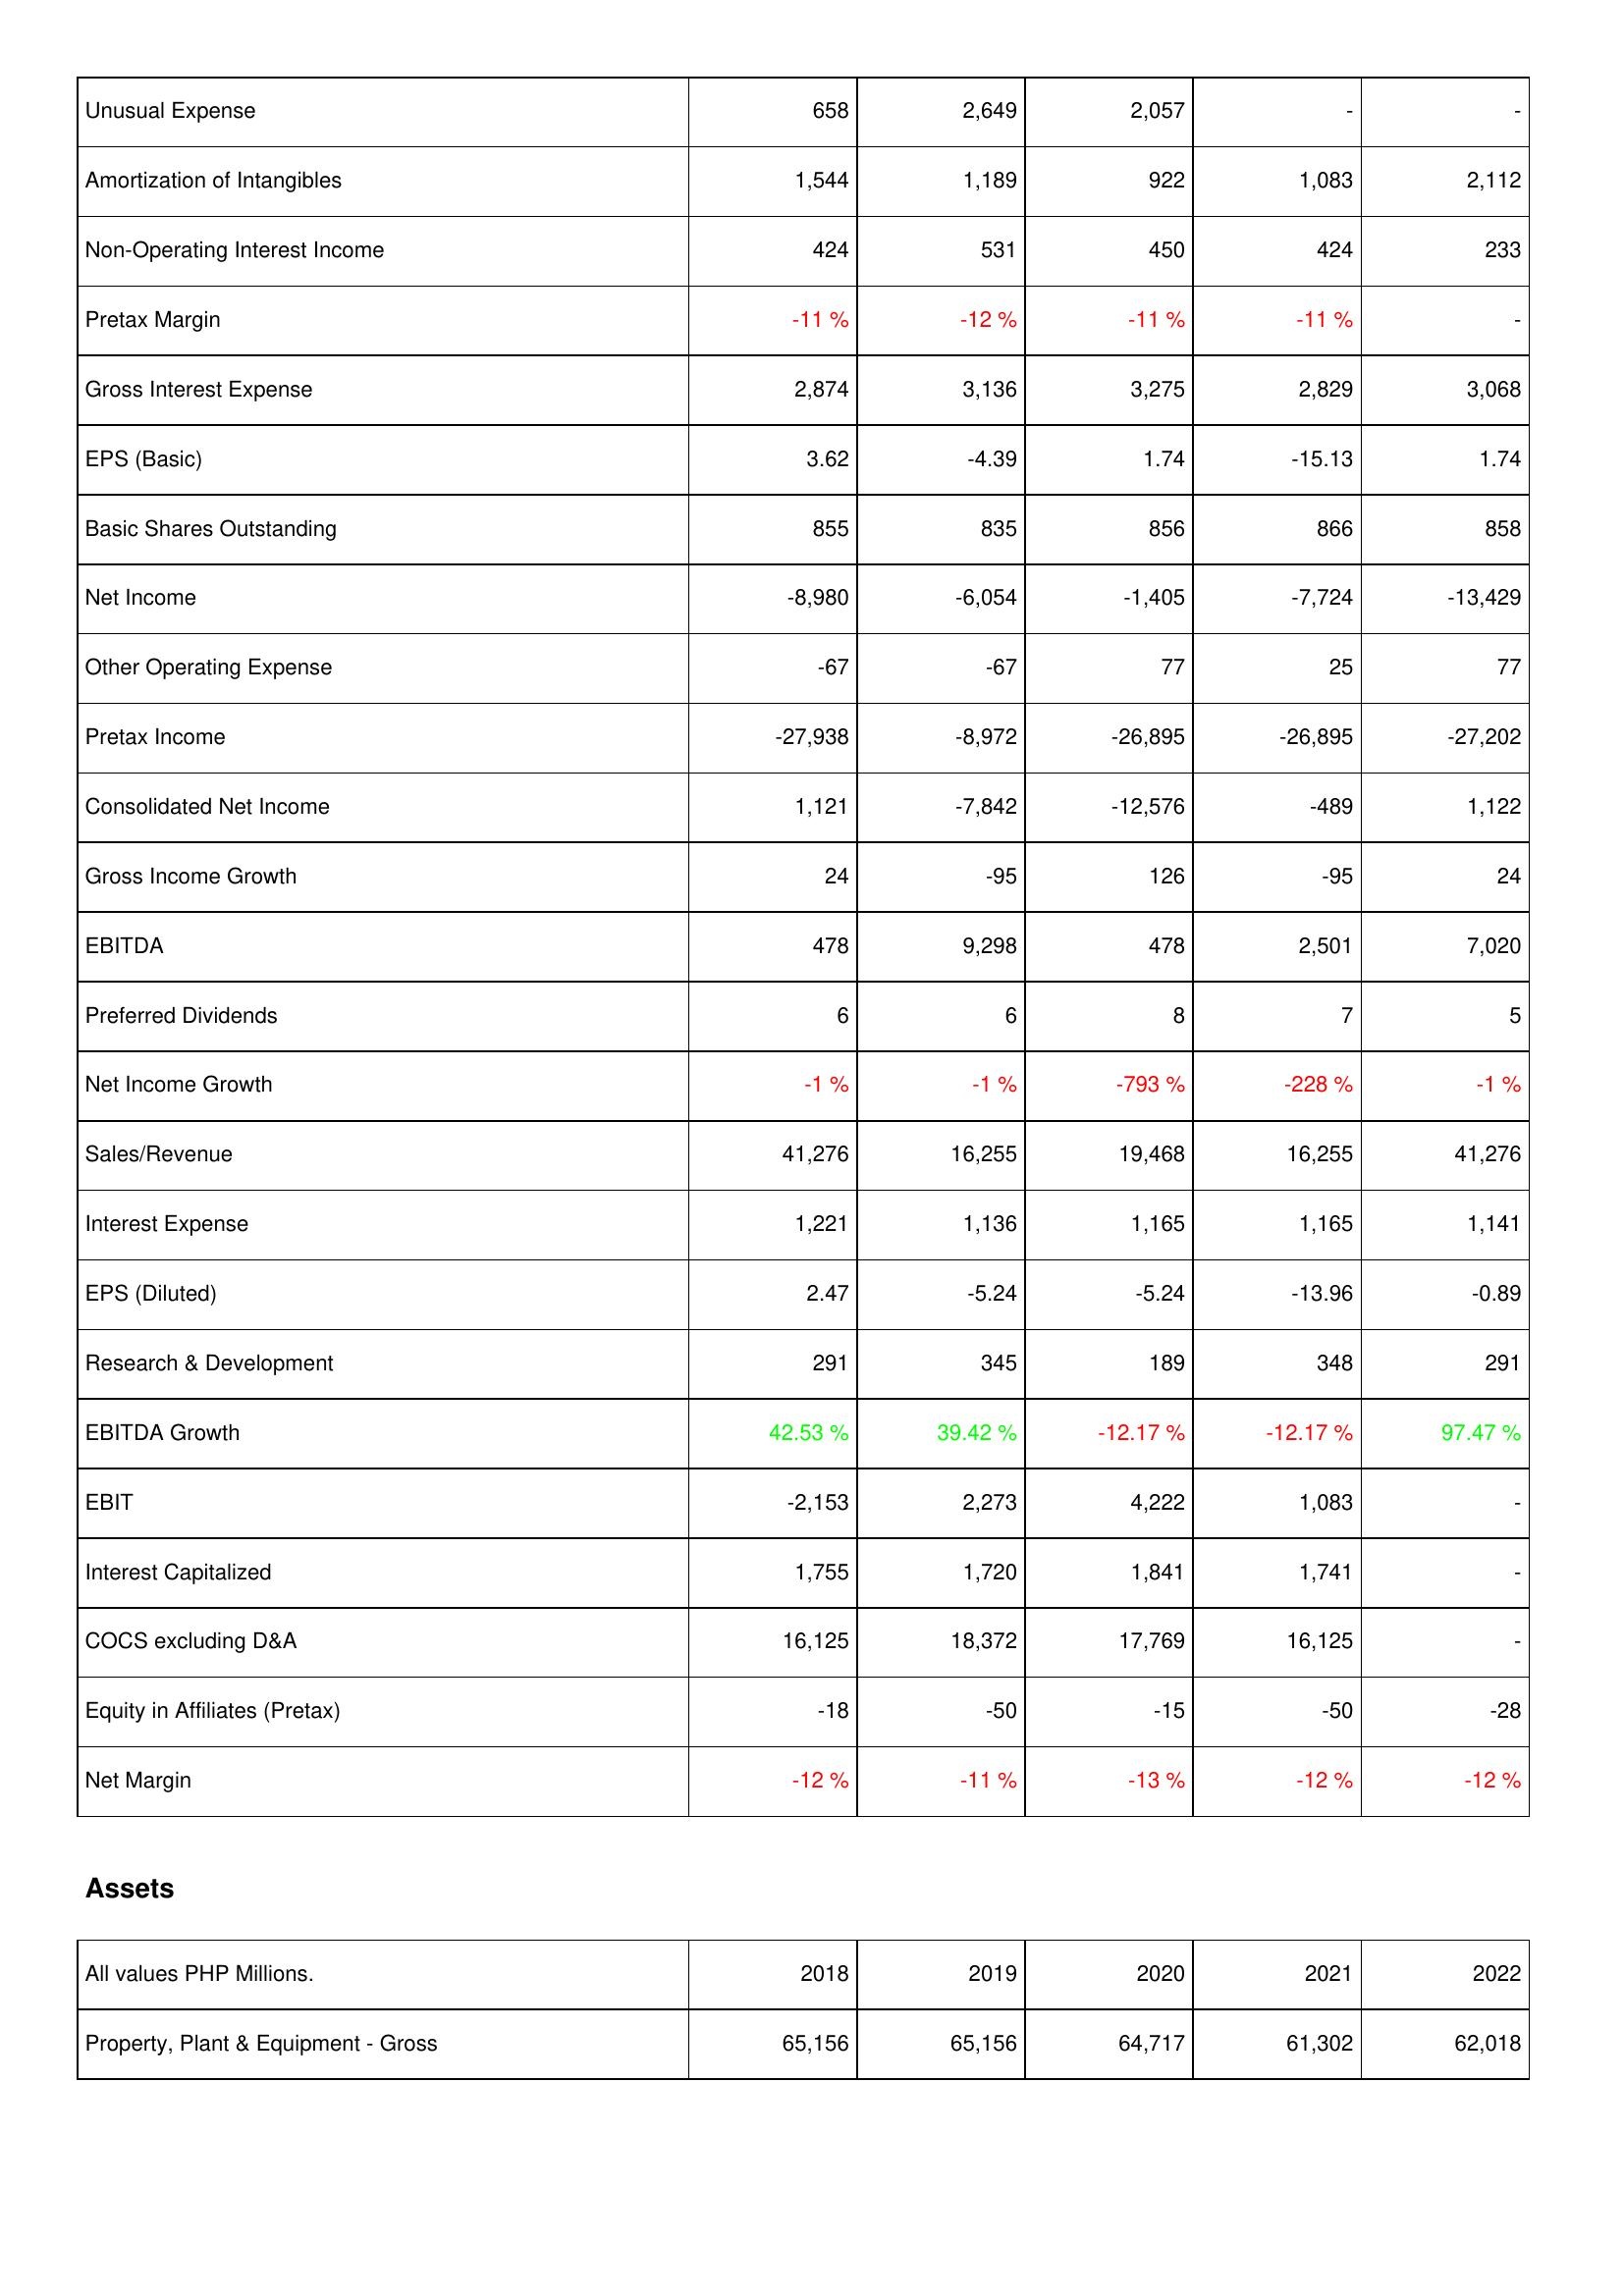
2018: Income Statement: Unusual Expense: 658
Amortization of Intangibles: 1,544
Non-Operating Interest Income: 424
Pretax Margin: -11 %
Gross Interest Expense: 2,874
EPS (Basic): 3.62
Basic Shares Outstanding: 855
Net Income: -8,980
Other Operating Expense: -67
Pretax Income: -27,938
Consolidated Net Income: 1,121
Gross Income Growth: 24
EBITDA: 478
Preferred Dividends: 6
Net Income Growth: -1 %
Sales/Revenue: 41,276
Interest Expense: 1,221
EPS (Diluted): 2.47
Research & Development: 291
EBITDA Growth: 42.53 %
EBIT: -2,153
Interest Capitalized: 1,755
COCS excluding D&A: 16,125
Equity in Affiliates (Pretax): -18
Net Margin: -12 %
Assets: Property, Plant & Equipment - Gross: 65,156
2019: Income Statement: Unusual Expense: 2,649
Amortization of Intangibles: 1,189
Non-Operating Interest Income: 531
Pretax Margin: -12 %
Gross Interest Expense: 3,136
EPS (Basic): -4.39
Basic Shares Outstanding: 835
Net Income: -6,054
Other Operating Expense: -67
Pretax Income: -8,972
Consolidated Net Income: -7,842
Gross Income Growth: -95
EBITDA: 9,298
Preferred Dividends: 6
Net Income Growth: -1 %
Sales/Revenue: 16,255
Interest Expense: 1,136
EPS (Diluted): -5.24
Research & Development: 345
EBITDA Growth: 39.42 %
EBIT: 2,273
Interest Capitalized: 1,720
COCS excluding D&A: 18,372
Equity in Affiliates (Pretax): -50
Net Margin: -11 %
Assets: Property, Plant & Equipment - Gross: 65,156
2020: Income Statement: Unusual Expense: 2,057
Amortization of Intangibles: 922
Non-Operating Interest Income: 450
Pretax Margin: -11 %
Gross Interest Expense: 3,275
EPS (Basic): 1.74
Basic Shares Outstanding: 856
Net Income: -1,405
Other Operating Expense: 77
Pretax Income: -26,895
Consolidated Net Income: -12,576
Gross Income Growth: 126
EBITDA: 478
Preferred Dividends: 8
Net Income Growth: -793 %
Sales/Revenue: 19,468
Interest Expense: 1,165
EPS (Diluted): -5.24
Research & Development: 189
EBITDA Growth: -12.17 %
EBIT: 4,222
Interest Capitalized: 1,841
COCS excluding D&A: 17,769
Equity in Affiliates (Pretax): -15
Net Margin: -13 %
Assets: Property, Plant & Equipment - Gross: 64,717
2021: Income Statement: Unusual Expense: -
Amortization of Intangibles: 1,083
Non-Operating Interest Income: 424
Pretax Margin: -11 %
Gross Interest Expense: 2,829
EPS (Basic): -15.13
Basic Shares Outstanding: 866
Net Income: -7,724
Other Operating Expense: 25
Pretax Income: -26,895
Consolidated Net Income: -489
Gross Income Growth: -95
EBITDA: 2,501
Preferred Dividends: 7
Net Income Growth: -228 %
Sales/Revenue: 16,255
Interest Expense: 1,165
EPS (Diluted): -13.96
Research & Development: 348
EBITDA Growth: -12.17 %
EBIT: 1,083
Interest Capitalized: 1,741
COCS excluding D&A: 16,125
Equity in Affiliates (Pretax): -50
Net Margin: -12 %
Assets: Property, Plant & Equipment - Gross: 61,302
2022: Income Statement: Unusual Expense: -
Amortization of Intangibles: 2,112
Non-Operating Interest Income: 233
Pretax Margin: -
Gross Interest Expense: 3,068
EPS (Basic): 1.74
Basic Shares Outstanding: 858
Net Income: -13,429
Other Operating Expense: 77
Pretax Income: -27,202
Consolidated Net Income: 1,122
Gross Income Growth: 24
EBITDA: 7,020
Preferred Dividends: 5
Net Income Growth: -1 %
Sales/Revenue: 41,276
Interest Expense: 1,141
EPS (Diluted): -0.89
Research & Development: 291
EBITDA Growth: 97.47 %
EBIT: -
Interest Capitalized: -
COCS excluding D&A: -
Equity in Affiliates (Pretax): -28
Net Margin: -12 %
Assets: Property, Plant & Equipment - Gross: 62,018